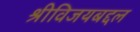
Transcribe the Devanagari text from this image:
श्रीविजयबद्दल